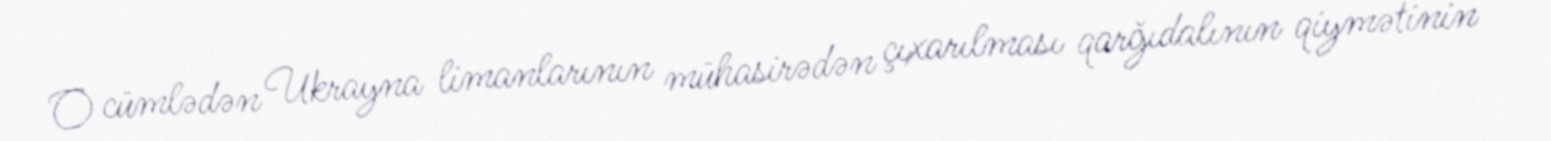
O cümlədən Ukrayna limanlarının mühasirədən çıxarılması qarğıdalının qiymətinin